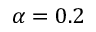
\alpha = 0 . 2